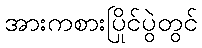
အားကစားပြိုင်ပွဲတွင်